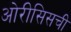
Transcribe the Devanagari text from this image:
ओरीसिसची